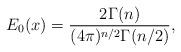
LaTeX: \begin{align*}E_0(x) = \frac{2\Gamma(n)}{(4\pi)^{n/2}\Gamma(n/2)},\end{align*}